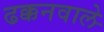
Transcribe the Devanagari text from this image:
ढक्कनवाले